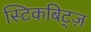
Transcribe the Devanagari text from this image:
स्टिकबिट्ज़